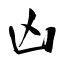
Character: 凶